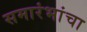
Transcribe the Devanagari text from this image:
समारंभांचा